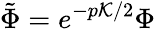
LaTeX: \tilde{\Phi}=e^{-p{\cal K}/2}\Phi